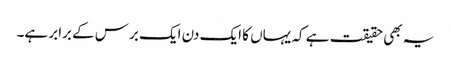
یہ بھی حقیقت ہے کہ یہاں کا ایک دن ایک برس کے برابر ہے۔